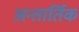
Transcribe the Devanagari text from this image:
अन्तार्तिक